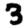
Digit: 3